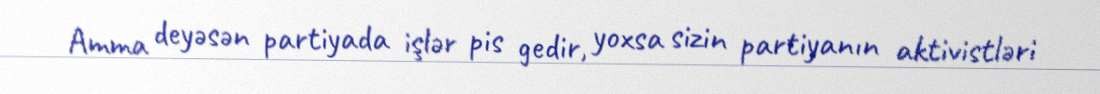
Amma deyəsən partiyada işlər pis gedir, yoxsa sizin partiyanın aktivistləri